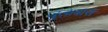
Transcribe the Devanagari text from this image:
जुलाबास